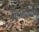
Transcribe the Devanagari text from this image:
मित्रांमध्ये